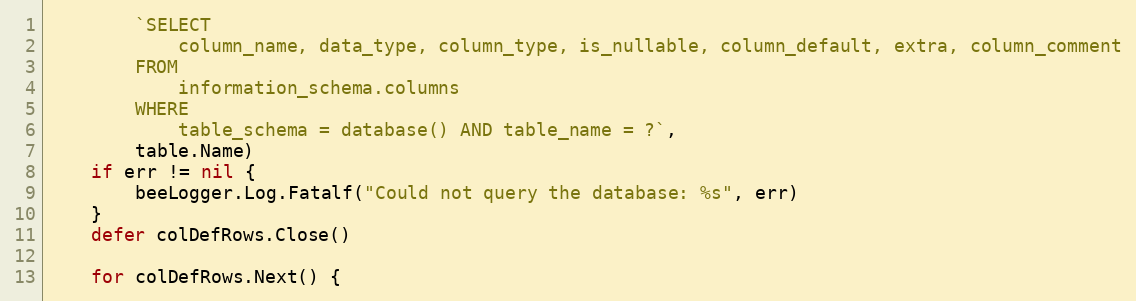
Language: Go
		`SELECT
			column_name, data_type, column_type, is_nullable, column_default, extra, column_comment
		FROM
			information_schema.columns
		WHERE
			table_schema = database() AND table_name = ?`,
		table.Name)
	if err != nil {
		beeLogger.Log.Fatalf("Could not query the database: %s", err)
	}
	defer colDefRows.Close()

	for colDefRows.Next() {